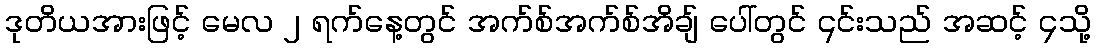
ဒုတိယအားဖြင့် မေလ ၂ ရက်နေ့တွင် အက်စ်အက်စ်အိချ် ပေါ်တွင် ၎င်းသည် အဆင့် ၄သို့